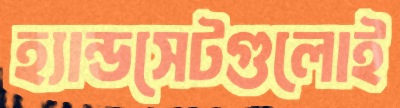
হ্যান্ডসেটগুলোই